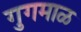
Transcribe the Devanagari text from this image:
गुगमाळ